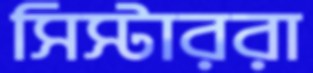
সিস্টাররা